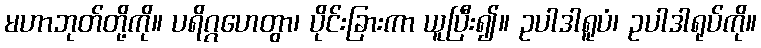
မဟာဘုတ်တို့ကို။ ပရိဂ္ဂဟေတွာ၊ ပိုင်းခြားကာ ယူပြီး၍။ ဥပါဒါရူပံ၊ ဥပါဒါရုပ်ကို။